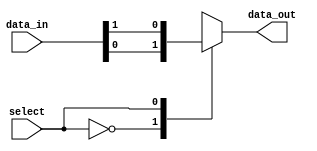
module io_mux_demux (
  input wire [3:0] data_in,
  input wire select,
  output wire data_out
);
  reg [3:0] mux_out;

  always @(*) begin
    case (select)
      4'b0000 : mux_out = data_in[0];
      4'b0001 : mux_out = data_in[1];
      4'b0010 : mux_out = data_in[2];
      4'b0011 : mux_out = data_in[3];
      default : mux_out = 4'b0000;
    endcase
  end

  assign data_out = mux_out;

endmodule